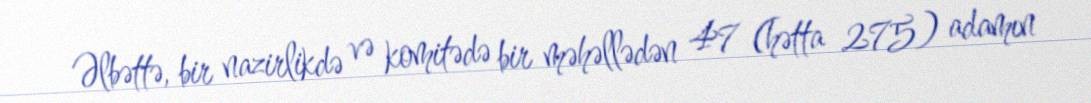
Əlbəttə, bir nazirlikdə və komitədə bir məhəllədən 47 (hətta 275) adamın